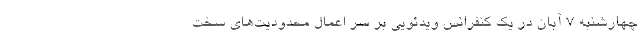
چهارشنبه 7 آبان در یک کنفرانس ویدئویی بر سر اعمال محدودیت‌های سخت